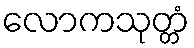
လောကသုတ္တံ